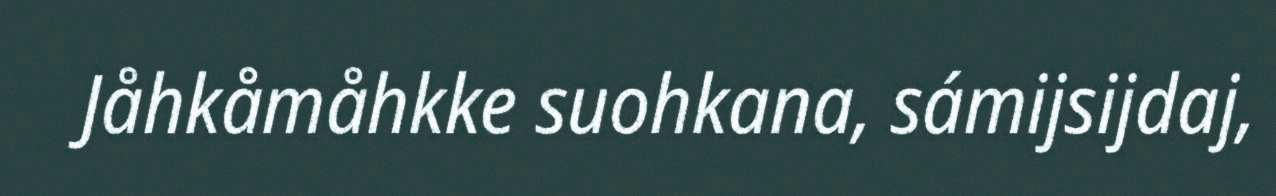
Jåhkåmåhkke suohkana, sámijsijdaj,